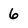
Character: 6